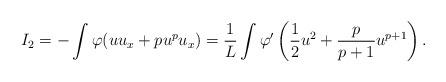
LaTeX: \begin{align*}I_2= - \int \varphi (u u_x+ p u^p u_x) = \frac{1}{L}\int \varphi' \left( \frac12u^2 + \frac{p}{p+1} u^{p+1}\right). \end{align*}